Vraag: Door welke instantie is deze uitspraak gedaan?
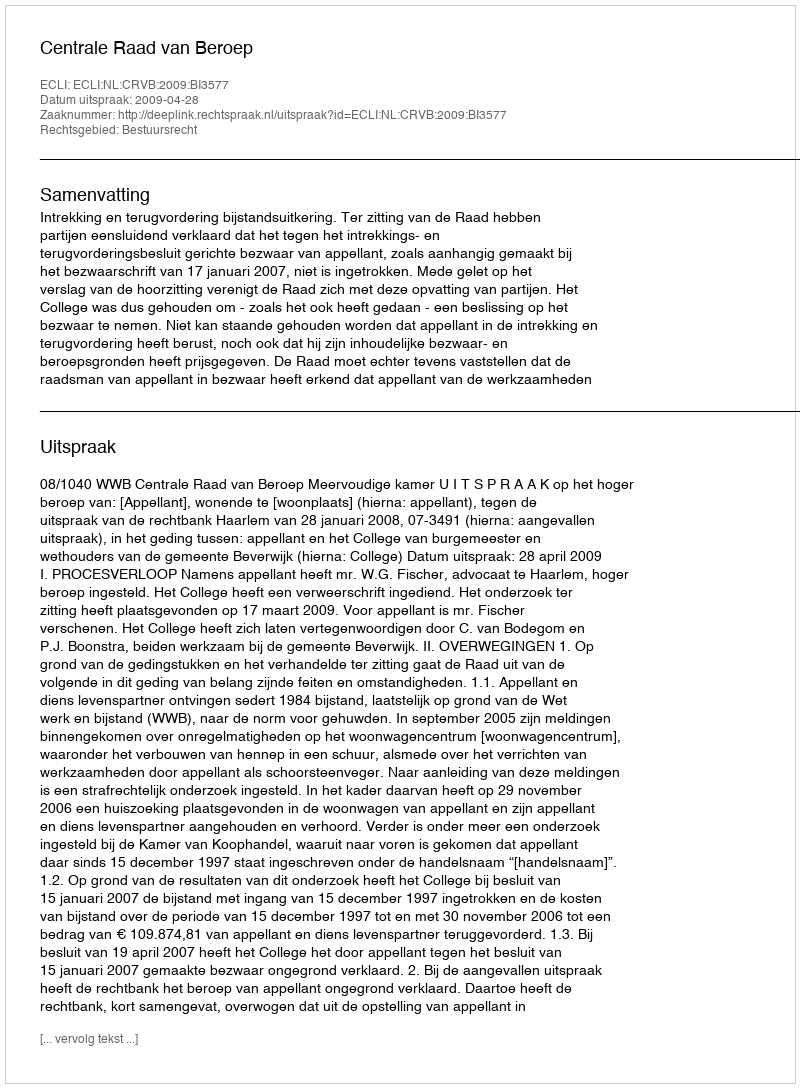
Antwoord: Centrale Raad van Beroep